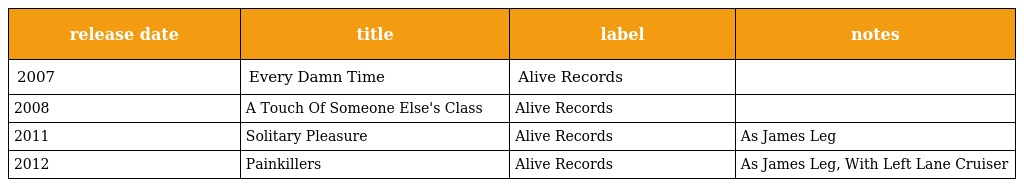
| release date | title | label | notes |
 | --- | --- | --- | --- |
 | 2007 | Every Damn Time | Alive Records |  |
 | 2008 | A Touch Of Someone Else's Class | Alive Records |  |
 | 2011 | Solitary Pleasure | Alive Records | As James Leg |
 | 2012 | Painkillers | Alive Records | As James Leg, With Left Lane Cruiser |